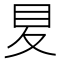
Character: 𡕥